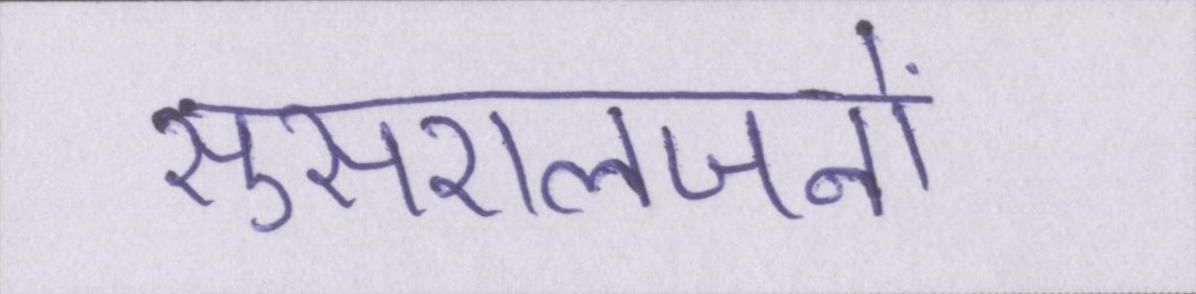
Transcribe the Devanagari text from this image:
सुसरालजनों